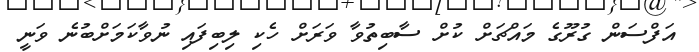
އަފްސަން ގުރޫގެ މައްޗަށް ކުށް ސާބިތުވާ ވަރަށް ހެކި ލިބިފައި ނުވާކަމަށްބުނެ ވަނީ